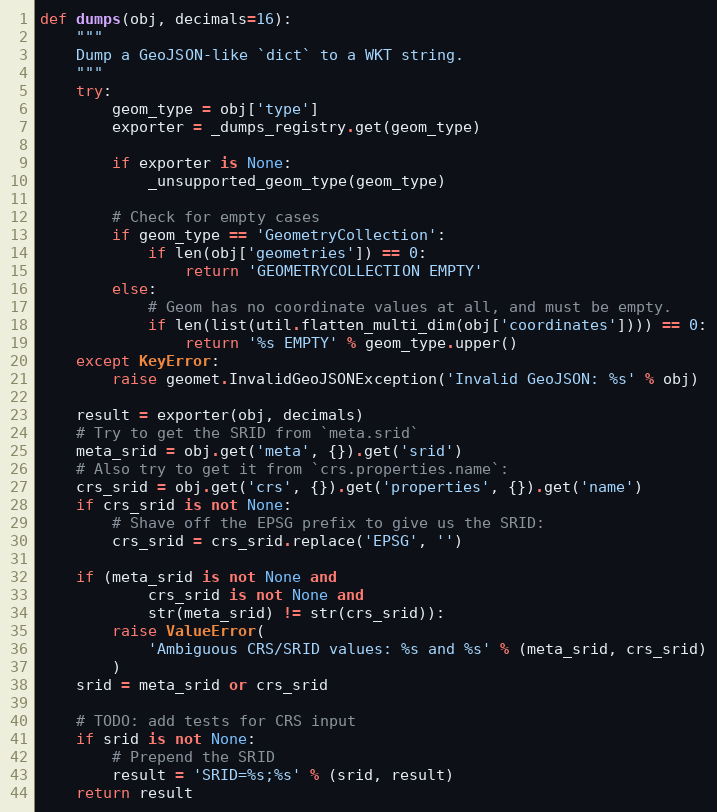
Language: Python
def dumps(obj, decimals=16):
    """
    Dump a GeoJSON-like `dict` to a WKT string.
    """
    try:
        geom_type = obj['type']
        exporter = _dumps_registry.get(geom_type)

        if exporter is None:
            _unsupported_geom_type(geom_type)

        # Check for empty cases
        if geom_type == 'GeometryCollection':
            if len(obj['geometries']) == 0:
                return 'GEOMETRYCOLLECTION EMPTY'
        else:
            # Geom has no coordinate values at all, and must be empty.
            if len(list(util.flatten_multi_dim(obj['coordinates']))) == 0:
                return '%s EMPTY' % geom_type.upper()
    except KeyError:
        raise geomet.InvalidGeoJSONException('Invalid GeoJSON: %s' % obj)

    result = exporter(obj, decimals)
    # Try to get the SRID from `meta.srid`
    meta_srid = obj.get('meta', {}).get('srid')
    # Also try to get it from `crs.properties.name`:
    crs_srid = obj.get('crs', {}).get('properties', {}).get('name')
    if crs_srid is not None:
        # Shave off the EPSG prefix to give us the SRID:
        crs_srid = crs_srid.replace('EPSG', '')

    if (meta_srid is not None and
            crs_srid is not None and
            str(meta_srid) != str(crs_srid)):
        raise ValueError(
            'Ambiguous CRS/SRID values: %s and %s' % (meta_srid, crs_srid)
        )
    srid = meta_srid or crs_srid

    # TODO: add tests for CRS input
    if srid is not None:
        # Prepend the SRID
        result = 'SRID=%s;%s' % (srid, result)
    return result